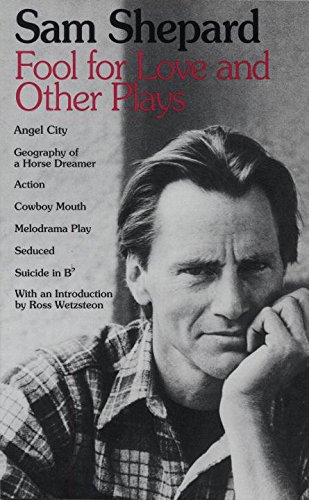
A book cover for Fool for Love and Other Plays; Sam Shepard; Literature & Fiction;